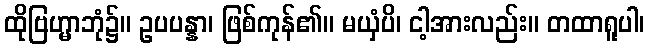
ထိုဗြဟ္မာဘုံ၌။ ဥပပန္နာ၊ ဖြစ်ကုန်၏။ မယှံပိ၊ ငါ့အားလည်း။ တထာရူပါ၊